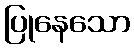
ပြုနေသော